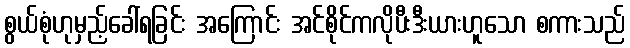
စွယ်စုံဟုမှည့်ခေါ်ရခြင်း အကြောင်း အင်စိုင်ကလိုပီးဒီးယားဟူသော စကားသည်